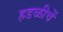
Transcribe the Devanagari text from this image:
हडळीचें